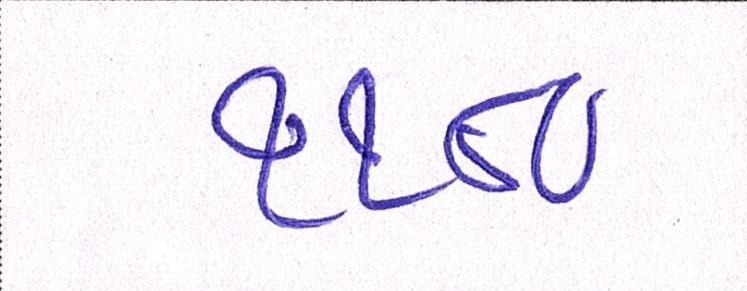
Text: ૧૧૮૦